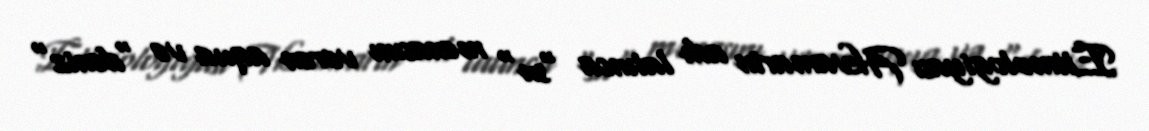
Etimologiyası Akvamarin adı latınca "su" mənasını verən aqua və "dəniz"